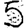
Digit: 5